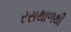
રસથાળથી